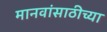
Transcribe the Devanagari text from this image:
मानवांसाठीच्या